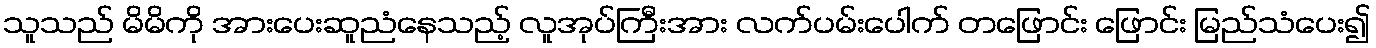
သူသည် မိမိကို အားပေးဆူညံနေသည့် လူအုပ်ကြီးအား လက်ပမ်းပေါက် တဖြောင်း ဖြောင်း မြည်သံပေး၍